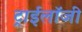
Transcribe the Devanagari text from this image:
ट्राईलॉजी